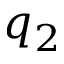
q _ { 2 }